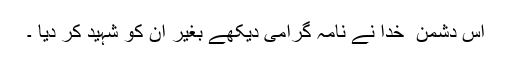
اس دشمن ِ خدا نے نامہ گرامی دیکھے بغیر ان کو شہید کر دیا ۔